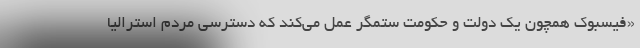
«فیسبوک همچون یک دولت و حکومت ستمگر عمل می‌کند که دسترسی مردم استرالیا